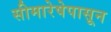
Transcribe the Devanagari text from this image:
सीमारेषेपासून